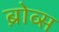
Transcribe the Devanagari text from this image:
ब्रोव्स